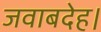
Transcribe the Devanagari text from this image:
जवाबदेह।